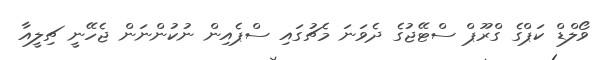
ވޯލްޑް ކަޕްގެ ގްރޫޕް ސްޓޭޖުގެ ދެވަނަ މެޗުގައި ސްޕެއިން ނުކުންނަން ޖެހޭނީ ޗިލީއާ